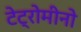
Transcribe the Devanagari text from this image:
टेट्रोमीनो